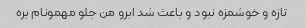
تازه و خوشمزه نبود و باعث شد ابرو من جلو مهمونام بره